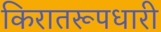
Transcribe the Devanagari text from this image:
किरातरूपधारी